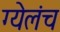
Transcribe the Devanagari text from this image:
ग्येलंच